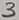
Text: 3